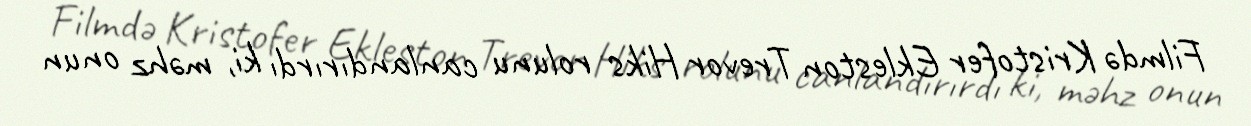
Filmdə Kristofer Ekleston Trevor Hiks rolunu canlandırırdı ki, məhz onun